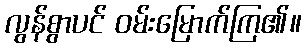
လွန်စွာပင် ဝမ်းမြောက်ကြ၏။